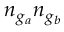
n _ { g _ { a } } n _ { g _ { b } }